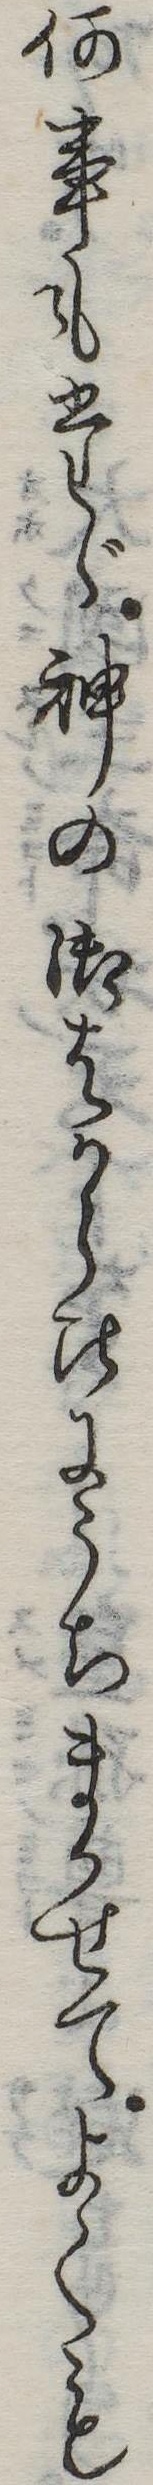
何事もたゞ神の御はからひにうちまかせてよくも